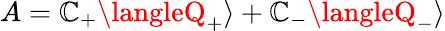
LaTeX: A=\mathbb{C}_{+}\langleQ_{+}\rangle+\mathbb{C}_{-}\langleQ_{-}\rangle